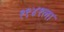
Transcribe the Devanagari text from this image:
१९४१ला